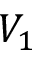
V _ { 1 }